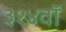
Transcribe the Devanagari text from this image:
३१४वॉ